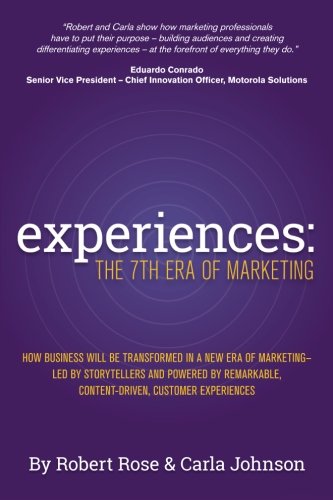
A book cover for Experiences: The 7th Era of Marketing; Robert Rose; Computers & Technology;